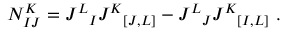
N _ { I J } ^ { K } = J ^ { L } { } _ { I } J ^ { K } { } _ { [ J , L ] } - J ^ { L } { } _ { J } J ^ { K } { } _ { [ I , L ] } \ .